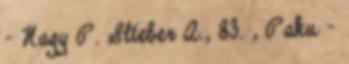
– Nagy P. Stieber A., 83. , Paku –